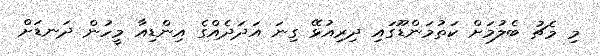
މި މެޗު ބެލުމަށް ކަތުމަންޑޫގައި ދިރިއުޅޭ ގިނަ އަދަދެއްގެ އިންޑިއާ މީހުން ދަނޑަށް